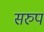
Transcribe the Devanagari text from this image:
सरुप